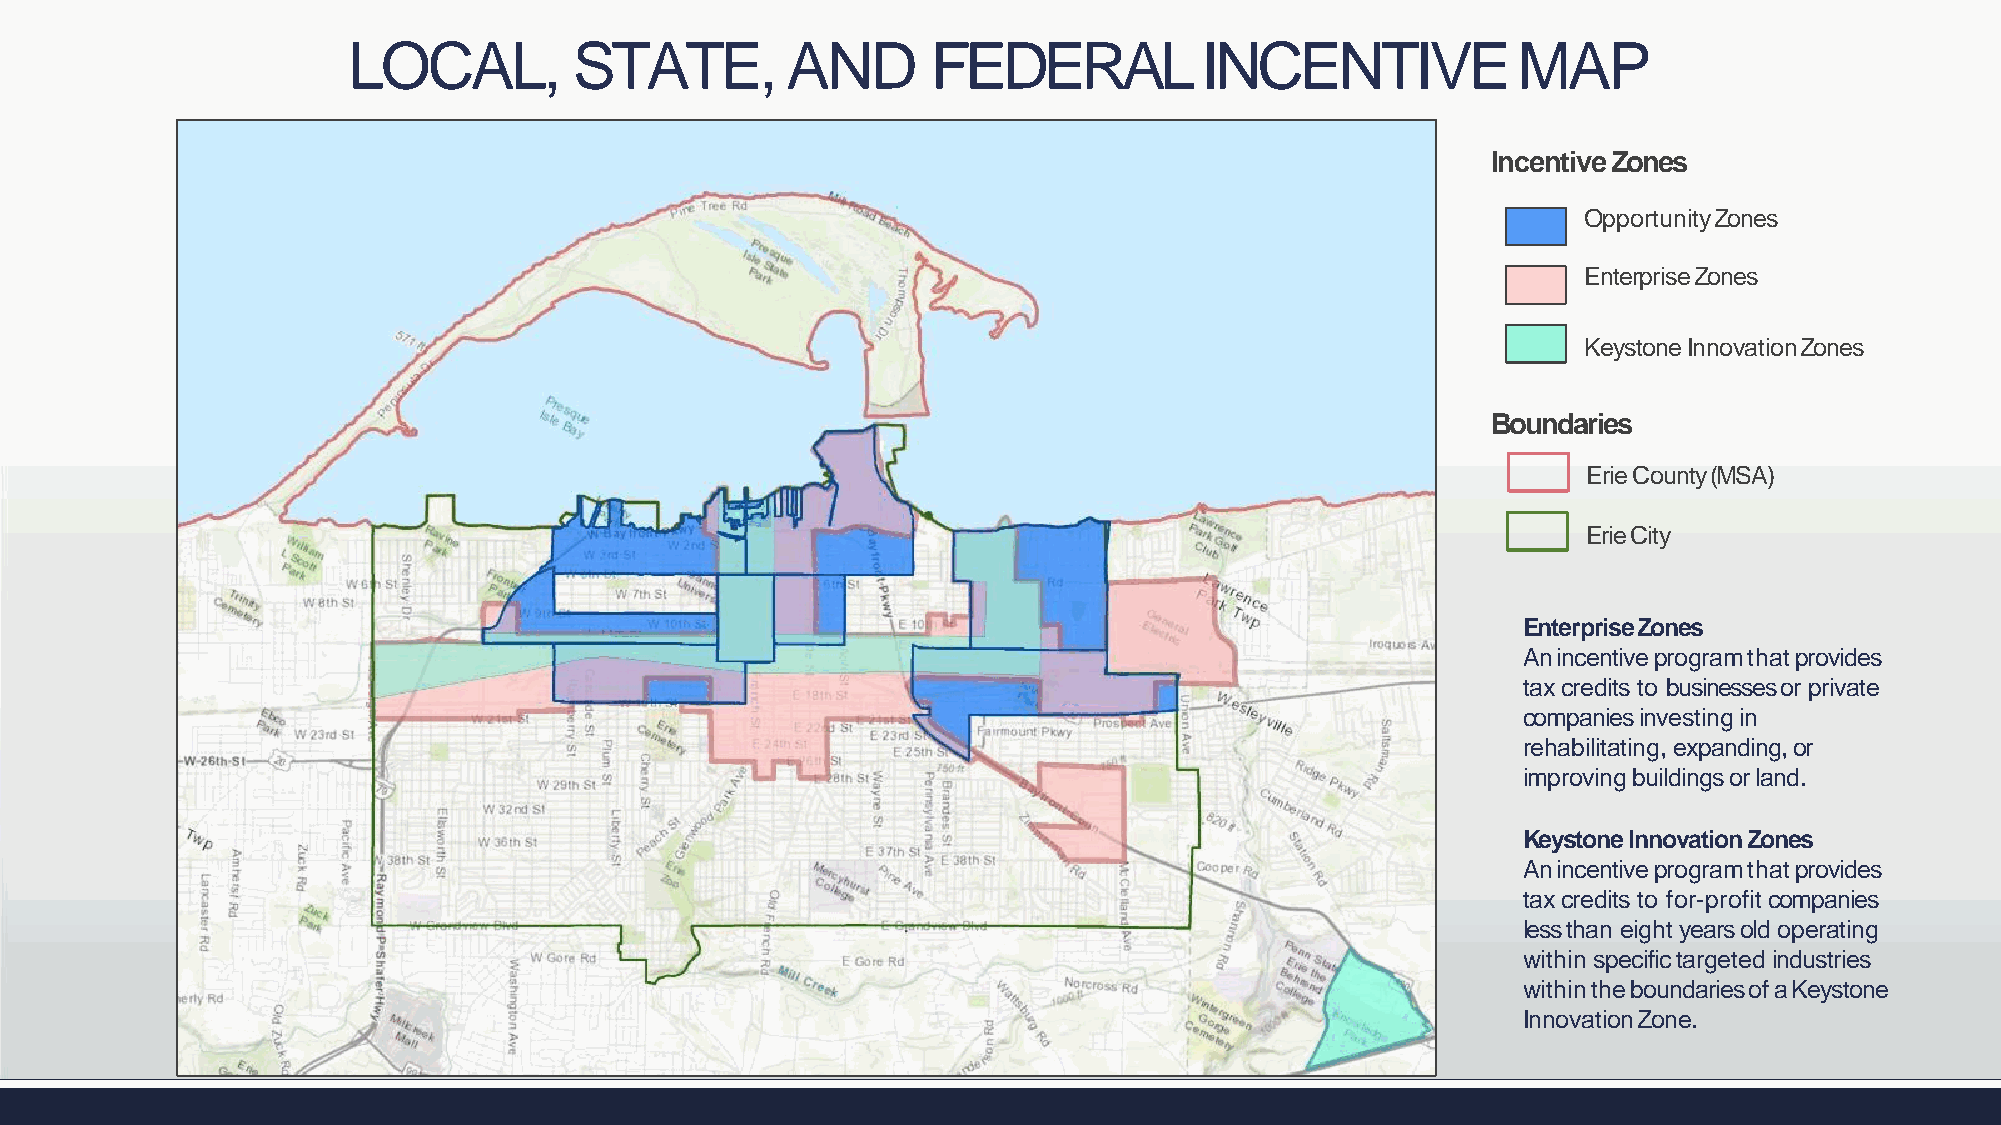
LOCAL,         STATE,        AND       FEDERAL          INCENTIVEMAP
 IncentiveZones
 OpportunityZones
 EnterpriseZones
 Keystone InnovationZones
 Boundaries
 Erie County(MSA)
 ErieCity
 EnterpriseZones
 Anincentiveprogramthatprovides
 tax credits to businesses or private
 companies investing in
 rehabilitating, expanding, or
 improvingbuildingsorland.
 Keystone InnovationZones
 Anincentiveprogramthatprovides
 tax credits to for-profit companies
 less than eight years old operating
 within specific targeted industries
 withintheboundariesofaKeystone
 InnovationZone.